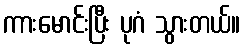
ကားမောင်းပြီး ပုဂံ သွားတယ်။